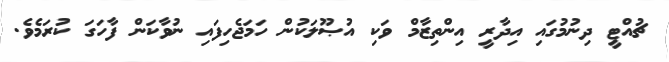
ޗުއްޓީ ދިނުމުގައި އިދާރީ އިންތިޒާމް ވަކި އުޞޫލަކުން ހަމަޖެހިފައި ނުވާކަން ފާހަގަ ކުރަމެވެ.